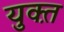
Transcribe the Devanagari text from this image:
युक्त़